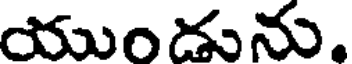
యుండును,